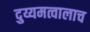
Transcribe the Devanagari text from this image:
दुय्यमत्वालाच